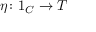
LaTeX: \eta \colon 1 _ { C } \to T